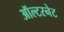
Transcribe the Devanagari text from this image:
ऑल्टरनेट